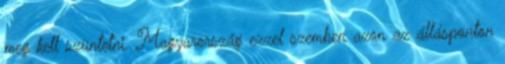
meg kell szüntetni. Magyarország ezzel szemben azon az állásponton